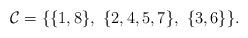
LaTeX: \begin{align*} \mathcal{C}=\{\{1,8\},\ \{2,4,5,7\},\ \{3,6\}\}.\end{align*}